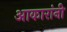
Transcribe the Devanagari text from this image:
आकारांनी